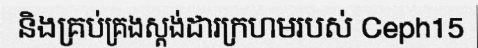
និងគ្រប់គ្រងស្តង់ដារក្រហមរបស់ Ceph15